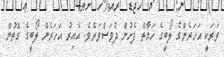
ވަރަކީ އަހަރެންގެ ލޯބީގެ ހަޔާތް ފެށުން ދުވަސްވަރެވެ. އެއިރު އަހަރެން ލޯބީގެ ގޮތުން